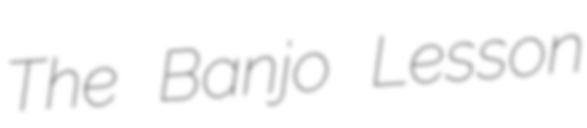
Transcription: The Banjo Lesson